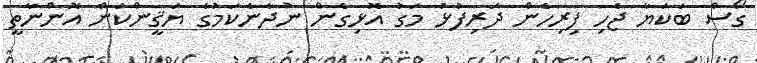
ގޯސް ބަކަޔާ ޖެހި ފިރިހެން ދަރިފުޅު މަގު އޮޅިގެން ނުދާނެކަމުގެ ޔަޤީންކަން އޮންނާތީ